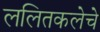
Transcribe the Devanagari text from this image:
ललितकलेचे